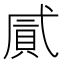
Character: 𢎐